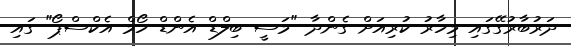
ދަރުބާރުގޭގައި މިހާރު ކުރިއަށް ގެންދާ "މަސީ ބިލްޑް އެންޑް ހޯމް އެކްސްޕޯ" ގައި